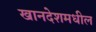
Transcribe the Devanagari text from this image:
खानदेशमधील